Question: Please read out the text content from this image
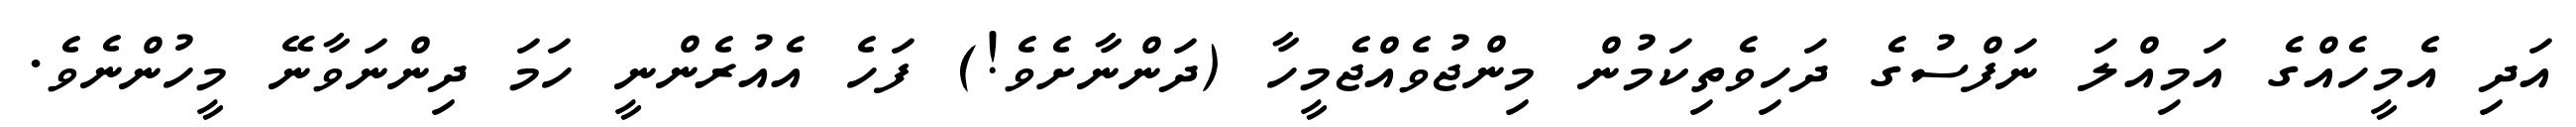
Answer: އަދި އެމީހެއްގެ އަމިއްލަ ނަފްސުގެ ދަހިވެތިކަމުން މިންޖުވެއްޖެމީހާ (ދަންނާށެވެ!) ފަހެ އެއުރެންނީ ހަމަ ދިންނަވާނޭ މީހުންނެވެ.